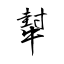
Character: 犎